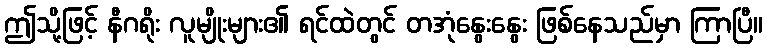
ဤသို့ဖြင့် နီဂရိုး လူမျိုးများ၏ ရင်ထဲတွင် တအုံနွေးနွေး ဖြစ်နေသည်မှာ ကြာပြီ။